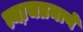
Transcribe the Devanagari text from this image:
त्या़चप्रमाणे